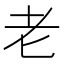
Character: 老